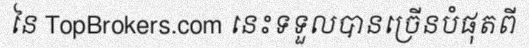
នៃ TopBrokers.com នេះទទួលបានច្រើនបំផុតពី